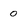
Character: 0